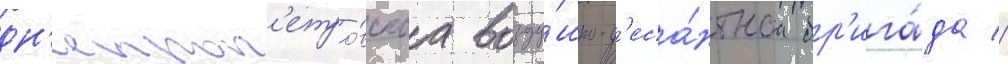
дн'епроп'етро́вскаа возду́шно-д'еса́нтнаа бр'ига́да //